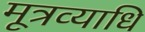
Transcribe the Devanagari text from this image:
मूत्रव्याधि